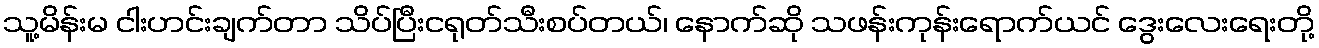
သူ့မိန်းမ ငါးဟင်းချက်တာ သိပ်ပြီးငရုတ်သီးစပ်တယ်၊ နောက်ဆို သဖန်းကုန်းရောက်ယင် ဒွေးလေးရေးတို့